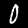
Digit: 0